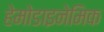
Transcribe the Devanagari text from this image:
हेमोडाइनेमिक